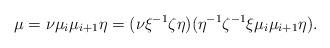
LaTeX: \begin{align*} \mu=\nu\mu_i\mu_{i+1}\eta=(\nu\xi^{-1}\zeta\eta)(\eta^{-1}\zeta^{-1}\xi\mu_i\mu_{i+1}\eta). \end{align*}